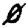
Digit: 0